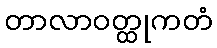
တာလာဝတ္ထုကတံ